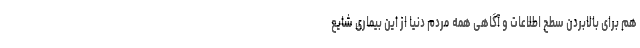
هم برای بالابردن سطح اطلاعات و آگاهی همه مردم دنیا از این بیماری شایع